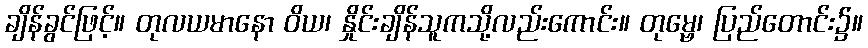
ချိန်ခွင်ဖြင့်။ တုလယမာနော ဝိယ၊ နှိုင်းချိန်သူကသို့လည်းကောင်း။ တုမ္ဗေ၊ ပြည်တောင်း၌။